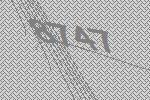
8747